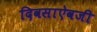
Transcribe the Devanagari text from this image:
दिवसाऐवजी